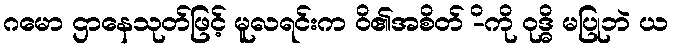
ဂမော ဌာနေသုတ်ဖြင့် မူလရင်းက ဝိ၏အစိတ် -ိကို ဝုဒ္ဓိ မပြုဘဲ ယ